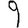
Digit: 9